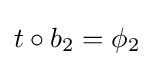
t\circ b_{2}=\phi _{2}